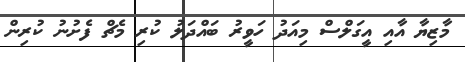
މާޒިޔާ އާއި އީގަލްސް މިއަދު ހަވީރު ބައްދަލު ކުރި މެޗް ފެށުނު ކުރިން